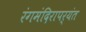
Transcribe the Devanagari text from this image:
रंगमंदिरापर्यंत